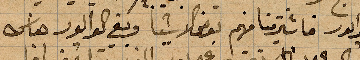
بالوابور اشترينا منهم بعض الشيا وبقي الوابور هناك